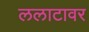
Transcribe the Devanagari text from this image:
ललाटावर